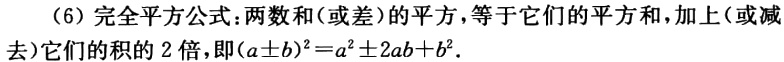
（6）完全平方公式：两数和(或差)的平方，等于它们的平方和，加上(或减去)它们的积的 2 倍，即\((a\pm b)^2 = a^2\pm 2ab + b^2\).